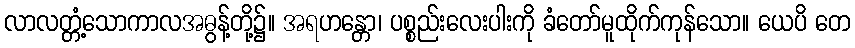
လာလတ္တံ့သောကာလအဓွန့်တို့၌။ အရဟန္တော၊ ပစ္စည်းလေးပါးကို ခံတော်မူထိုက်ကုန်သော။ ယေပိ တေ